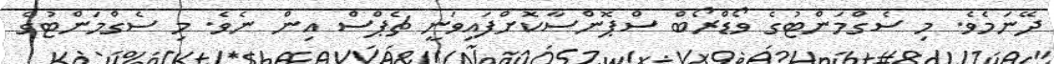
ދޭނަމެވެ. މި ސެގްމަންޓުގެ ވޯޑްރޯބް ސްޕޮންސާކޮށްފައިވަނީ ޗެޕްސް އިން ނެވެ. މި ސެގްމަންޓުގެ